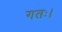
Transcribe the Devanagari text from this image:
गतः।